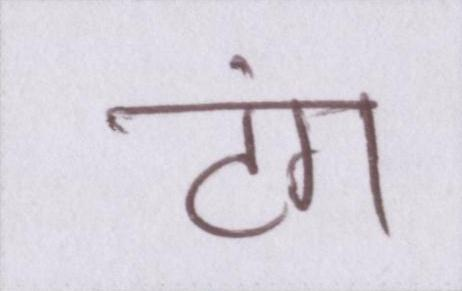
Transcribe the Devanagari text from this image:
टंग